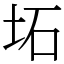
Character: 坧